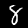
Digit: 8